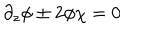
\partial _ { z } \phi \pm 2 \phi \chi = 0